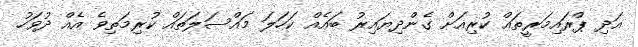
އަދި ޕްރައިމަރީތައް ކުރިއަށް ގެންދިޔައިރު ބައެއް ކަހަލަ މައްސަލަތައް ކުރިމަތިވެ އެއް ދުވަހު